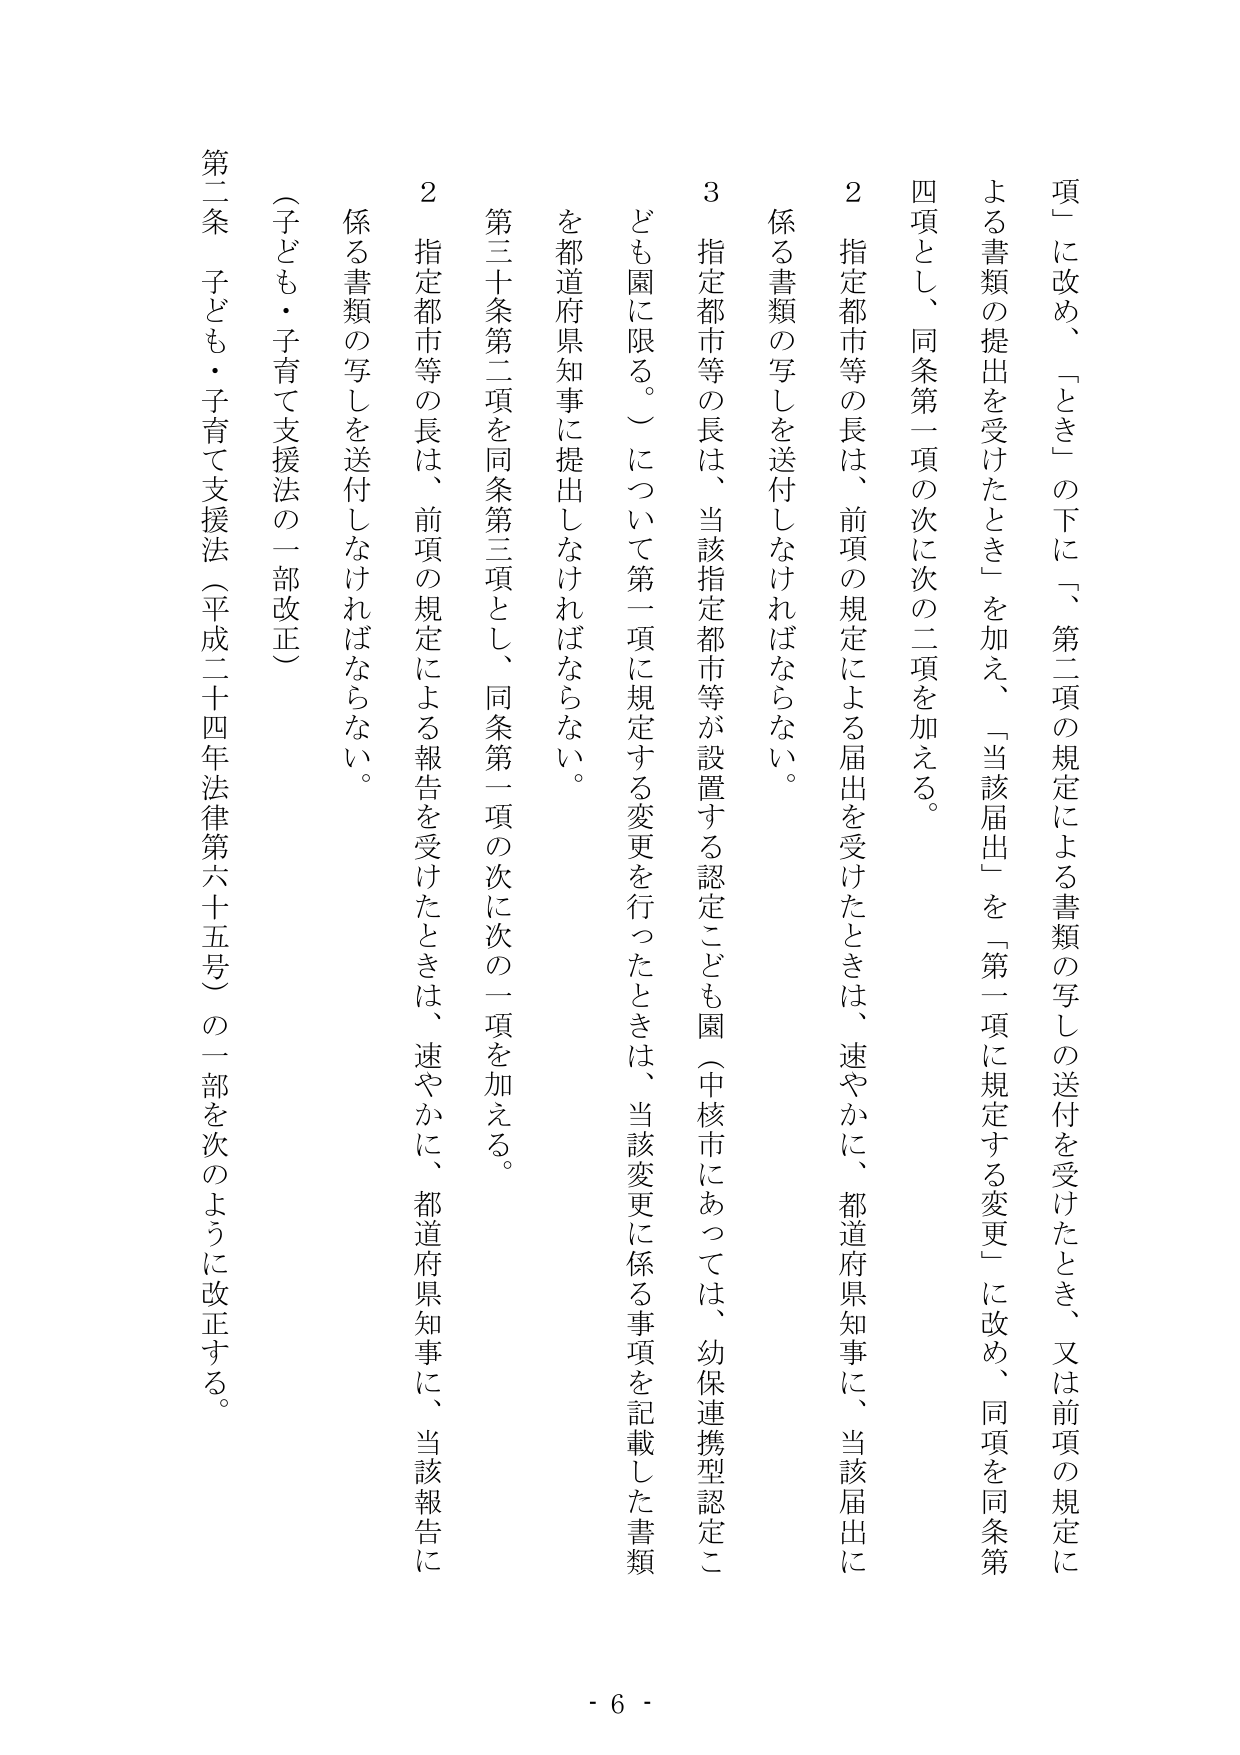
項」に改め、「とき」の下に「、第二項の規定による書類の写しの送付を受けたとき、又は前項の規定による書類の提出を受けたとき」を加え、「当該届出」を「第一項に規定する変更」に改め、同項を同条第四項とし、同条第一項の次に次の二項を加える。

２　指定都市等の長は、前項の規定による届出を受けたときは、速やかに、都道府県知事に、当該届出に係る書類の写しを送付しなければならない。

３　指定都市等の長は、当該指定都市等が設置する認定こども園（中核市にあっては、幼保連携型認定こども園に限る。）について第一項に規定する変更を行ったときは、当該変更に係る事項を記載した書類を都道府県知事に提出しなければならない。

第三十条第二項を同条第三項とし、同条第一項の次に次の一項を加える。

２　指定都市等の長は、前項の規定による報告を受けたときは、速やかに、都道府県知事に、当該報告に係る書類の写しを送付しなければならない。

（子ども・子育て支援法の一部改正）

第二条　子ども・子育て支援法（平成二十四年法律第六十五号）の一部を次のように改正する。

- 6 -